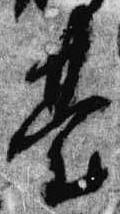
台